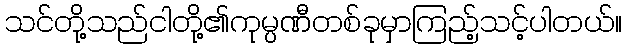
သင်တို့သည်ငါတို့၏ကုမ္ပဏီတစ်ခုမှာကြည့်သင့်ပါတယ်။